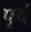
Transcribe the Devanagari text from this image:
पृर्व